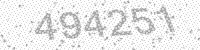
Solution: 494251